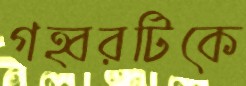
গহ্বরটিকে